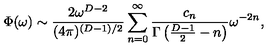
\Phi ( \omega ) \sim { \frac { 2 \omega ^ { D - 2 } } { ( 4 \pi ) ^ { ( D - 1 ) / 2 } } } \sum _ { n = 0 } ^ { \infty } { \frac { c _ { n } } { \Gamma \left( { \frac { D - 1 } { 2 } } - n \right) } } \omega ^ { - 2 n } ,